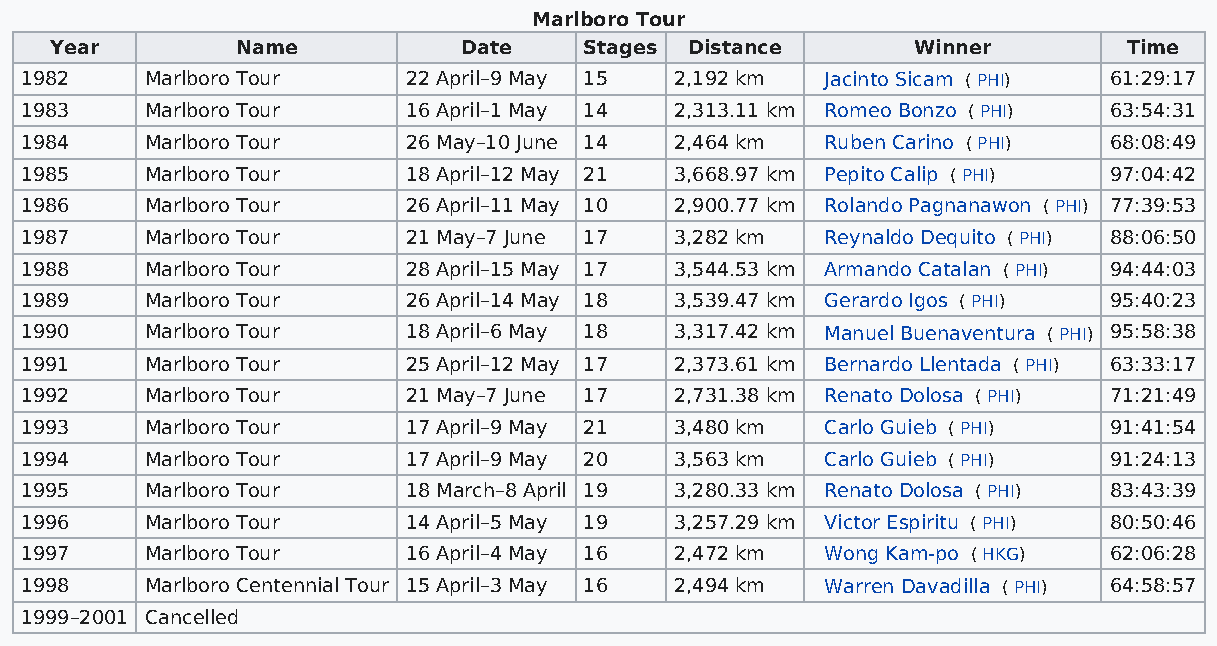
Marlboro Tour
 Year         Name          Date     Stages Distance      Winner         Time
 1982     Marlboro Tour    22 April–9 May 15 2,192 km  Jacinto Sicam ( PHI) 61:29:17
 1983     Marlboro Tour    16 April–1 May 14 2,313.11 km Romeo Bonzo ( PHI) 63:54:31
 1984     Marlboro Tour    26 May–10 June 14 2,464 km  Ruben Carino ( PHI) 68:08:49
 1985     Marlboro Tour    18 April–12 May 21 3,668.97 km Pepito Calip ( PHI) 97:04:42
 1986     Marlboro Tour    26 April–11 May 10 2,900.77 km Rolando Pagnanawon ( PHI) 77:39:53
 1987     Marlboro Tour    21 May–7 June 17  3,282 km  Reynaldo Dequito ( PHI) 88:06:50
 1988     Marlboro Tour    28 April–15 May 17 3,544.53 km Armando Catalan ( PHI) 94:44:03
 1989     Marlboro Tour    26 April–14 May 18 3,539.47 km Gerardo Igos ( PHI) 95:40:23
 1990     Marlboro Tour    18 April–6 May 18 3,317.42 km Manuel Buenaventura ( PHI) 95:58:38
 1991     Marlboro Tour    25 April–12 May 17 2,373.61 km Bernardo Llentada ( PHI) 63:33:17
 1992     Marlboro Tour    21 May–7 June 17  2,731.38 km Renato Dolosa ( PHI) 71:21:49
 1993     Marlboro Tour    17 April–9 May 21 3,480 km  Carlo Guieb ( PHI) 91:41:54
 1994     Marlboro Tour    17 April–9 May 20 3,563 km  Carlo Guieb ( PHI) 91:24:13
 1995     Marlboro Tour    18 March–8 April 19 3,280.33 km Renato Dolosa ( PHI) 83:43:39
 1996     Marlboro Tour    14 April–5 May 19 3,257.29 km Victor Espiritu ( PHI) 80:50:46
 1997     Marlboro Tour    16 April–4 May 16 2,472 km  Wong Kam-po ( HKG) 62:06:28
 1998     Marlboro Centennial Tour 15 April–3 May 16 2,494 km Warren Davadilla ( PHI) 64:58:57
 1999–2001 Cancelled